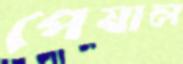
পেষাল